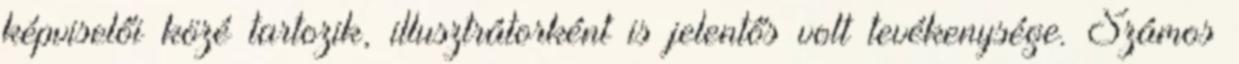
képviselői közé tartozik, illusztrátorként is jelentős volt tevékenysége. Számos